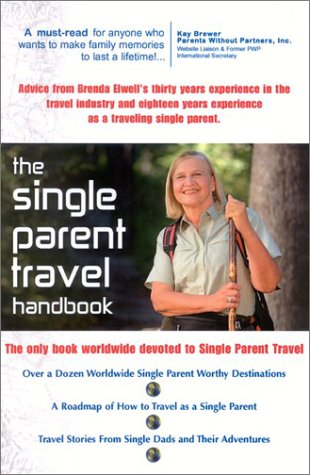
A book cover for The Single Parent Travel Handbook; Brenda Elwell; Travel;